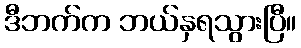
ဒီဘက်က ဘယ်နှရသွားပြီ။